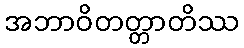
အဘာဝိတတ္တာတိဿ